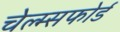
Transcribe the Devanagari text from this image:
चेल्म्सफोर्ड